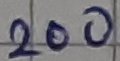
Text: 200